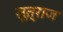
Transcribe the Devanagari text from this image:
सूत्राज